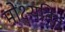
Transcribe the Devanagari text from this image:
मोक्ष्यनिंत